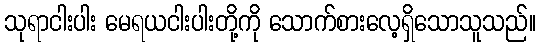
သုရာငါးပါး မေရယငါးပါးတို့ကို သောက်စားလေ့ရှိသောသူသည်။